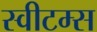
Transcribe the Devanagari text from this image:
स्वीटम्स